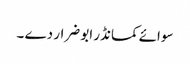
سوائے کمانڈر ابو ضرار دے ۔